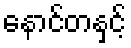
နောင်တနှင့်